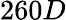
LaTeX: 260D